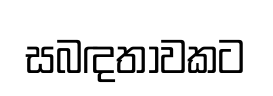
සබඳතාවකට